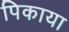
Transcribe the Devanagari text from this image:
पिकाया